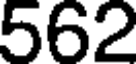
562